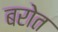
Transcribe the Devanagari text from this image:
बरोत